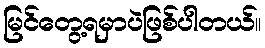
မြင်တွေ့ရမှာပဲဖြစ်ပါတယ်။